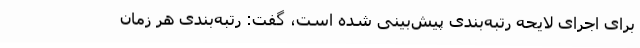
برای اجرای لایحه رتبه‌بندی پیش‌بینی شده است، گفت: رتبه‌بندی هر زمان